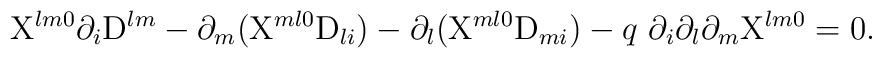
{\rm X}^{l m 0} \partial_i {\rm D}^{l m} - \partial_m ({\rm X}^{m l 0} {\rm D}_{l i}) -\partial_l({\rm X}^{m l 0} {\rm D}_{m i}) - q{~}\partial_i \partial_l \partial_m {\rm X}^{l m 0}= 0.